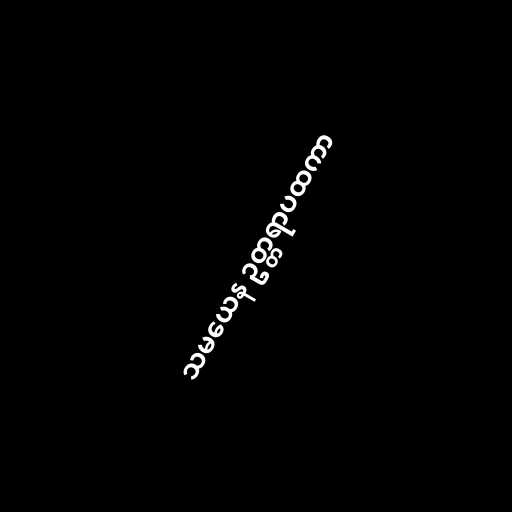
သမယေန ဥတ္တရာပထကာ